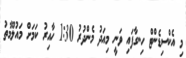
މި އެކްސިޑެންޓް ހިނގާފައި ވަނީ މިއަދު މެންދުރު 1:30 ހާއިރު ކަމަށް މައުލޫމާތު